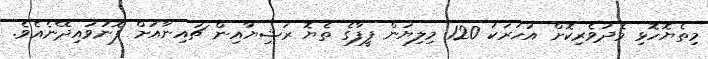
މިތެޔޮހޮޅި މެދުވެރިކޮށް އަހަރަކު 120 މިލިޔަން ފީފާގެ ތެޔޮ ރަޝިޔާއިން ޗައިނާއަށް ފޮނުވައިދޭނެއެވެ.